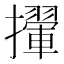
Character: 㩣